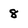
Character: 8